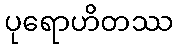
ပုရောဟိတဿ